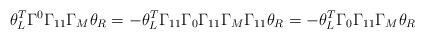
LaTeX: \begin{align*}\theta_L^T\Gamma^0\Gamma_{11}\Gamma_M\theta_R=-\theta_L^T\Gamma_{11}\Gamma_0\Gamma_{11}\Gamma_M\Gamma_{11}\theta_R=-\theta_L^T\Gamma_0\Gamma_{11}\Gamma_M\theta_R\end{align*}